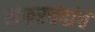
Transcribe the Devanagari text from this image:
सफरचंदांचे